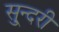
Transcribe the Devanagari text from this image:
सु्न्दरी